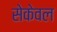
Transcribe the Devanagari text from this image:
सेकेवल